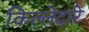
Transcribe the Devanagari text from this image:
किल्लेदारे